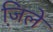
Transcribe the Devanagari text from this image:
जि़ले